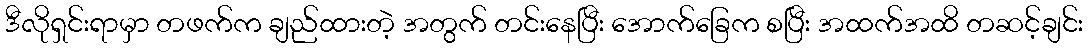
ဒီလိုရှင်းရာမှာ တဖက်က ချည်ထားတဲ့ အတွက် တင်းနေပြီး အောက်ခြေက စပြီး အထက်အထိ တဆင့်ချင်း